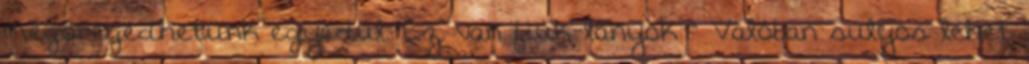
megöregedhetünk egyedül. Ez van fiúk-lányok “ Valóban súlyos lehet